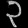
Digit: ၃